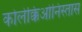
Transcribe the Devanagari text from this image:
कोलेक्किओनिस्तास